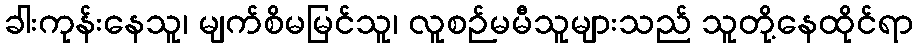
ခါးကုန်းနေသူ၊ မျက်စိမမြင်သူ၊ လူစဉ်မမီသူများသည် သူတို့နေထိုင်ရာ